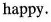
happy.